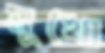
মুখো